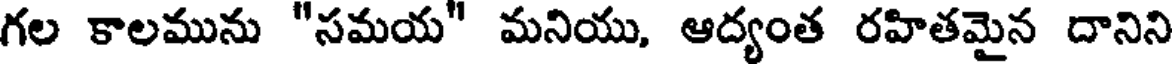
గల కాలమును "సమయ" మనియు, ఆద్యంత రహితమైన దానిని